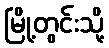
မြို့တွင်းသို့